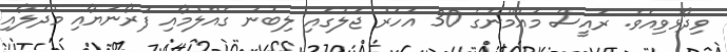
ވިދާޅުވިއެވެ. ރައީސް މައުމޫނުގެ 30 އަހަރު ޖަލުގައި ލިބުނު ގެއްލުމާއި ފުރާނަޔާއި މުދަލާއި